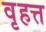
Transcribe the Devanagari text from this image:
वृहत्त